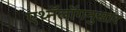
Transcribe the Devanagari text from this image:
एथ्नॅलॉगनुसार